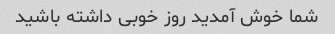
شما خوش آمدید روز خوبی داشته باشید